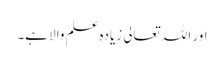
اور اللہ تعالی زیادہ علم والا ہے۔